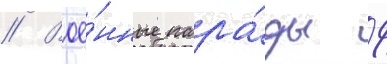
// Вое́нные пара́ды 9